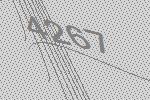
4267